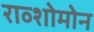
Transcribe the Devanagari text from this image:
राव्शोमोन